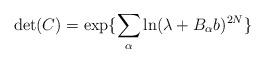
LaTeX: \begin{align*}\det(C)= \exp \{ \sum_{\alpha} \ln( \lambda+B_{\alpha}b)^{2N} \} \end{align*}